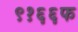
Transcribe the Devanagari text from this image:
९१६६फ